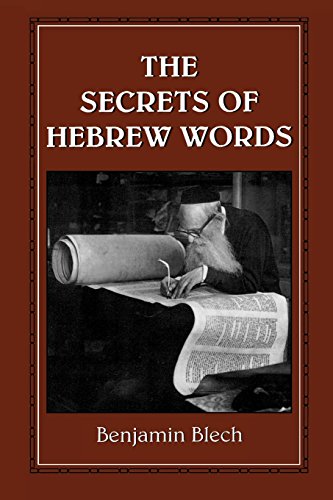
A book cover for The Secrets of Hebrew Words; Benjamin Rabbi Blech; Religion & Spirituality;